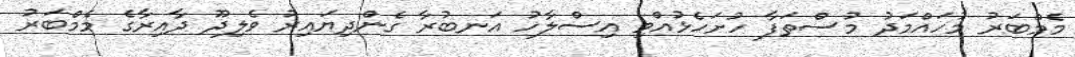
މެމްބަރު މުހައްމަދު މުސްތަފާ ހުށަހެޅުއްވި އިސްލާހު އަނބުރާ ގެންދިޔައިރު ވެލިދޫ ދާއިރާގެ މެމްބަރު